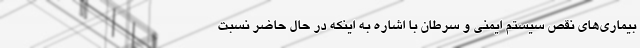
بیماری‌های نقص سیستم ایمنی و سرطان با اشاره به اینکه در حال حاضر نسبت